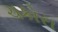
ચકોરા